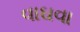
વાઘવા